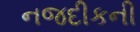
નજદીકની